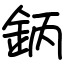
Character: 鈵